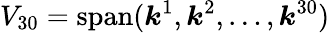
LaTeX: V_{30}=\operatorname{span}(\boldsymbol{k}^{1},\boldsymbol{k}^{2},\dots,\boldsymbol{k}^{30})